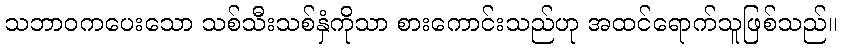
သဘာဝကပေးသော သစ်သီးသစ်နှံကိုသာ စားကောင်းသည်ဟု အထင်ရောက်သူဖြစ်သည်။